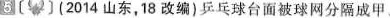
5 (2014山东，18改编}乒乓球台面被球网分隔成甲、